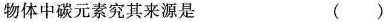
物体中碳元素究其来源是 ( )